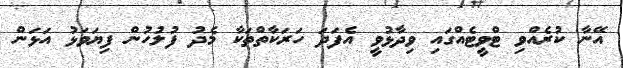
އޭނާ ކުރެއްވި ޓްވީޓެއްގައި ވިދާޅުވީ އެފަދަ ހަރަކާތްތަކާ މެދު ފުލުހުން ފިޔަވަޅު އަޅަން